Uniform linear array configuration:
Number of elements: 64
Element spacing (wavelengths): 0.5
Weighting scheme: blackman
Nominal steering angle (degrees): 15
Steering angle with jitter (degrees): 14.006
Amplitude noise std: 0.05
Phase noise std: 0.05

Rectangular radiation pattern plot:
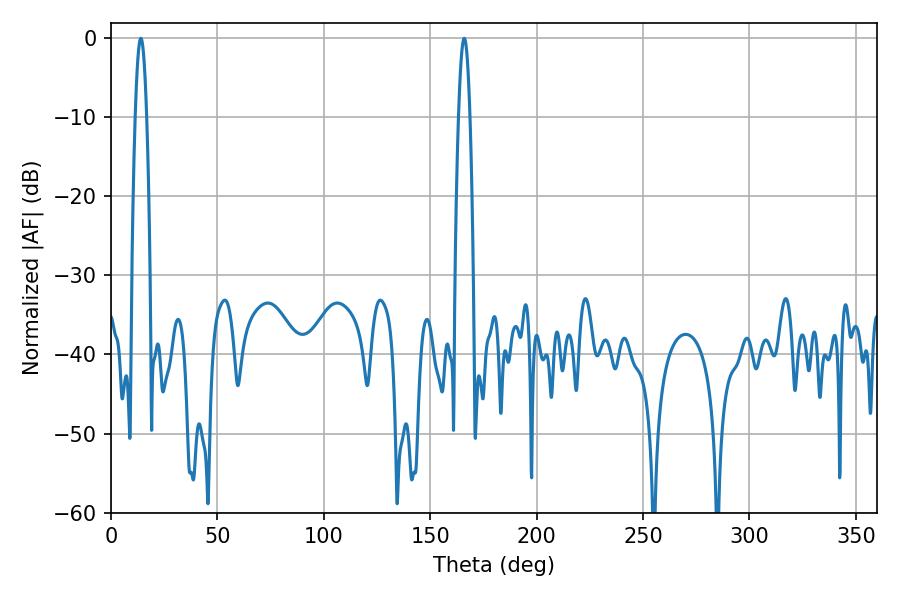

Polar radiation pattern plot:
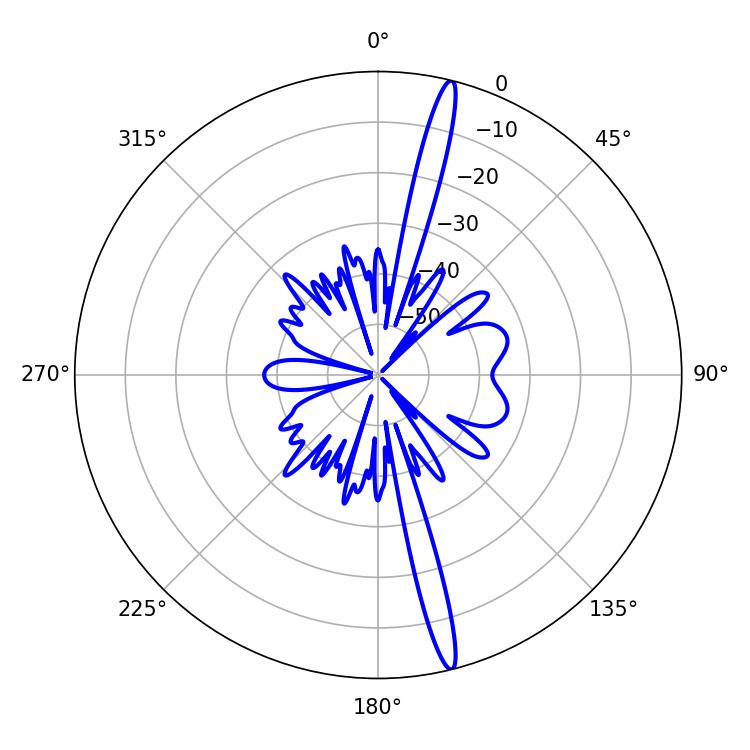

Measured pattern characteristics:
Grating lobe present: FALSE
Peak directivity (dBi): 18.633
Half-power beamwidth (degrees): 2.88
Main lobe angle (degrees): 14.04